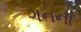
ગનના